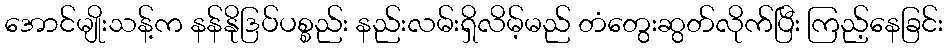
အောင်မျိုးသန့်က နန်နိုဒြပ်ပစ္စည်း နည်းလမ်းရှိလိမ့်မည် တံတွေးဆွတ်လိုက်ပြီး ကြည့်နေခြင်း